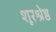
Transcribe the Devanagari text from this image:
शूरश्रेष्ठ